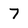
Character: 7